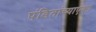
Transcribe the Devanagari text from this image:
पंडितांच्याएका